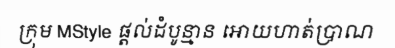
ក្រុម MStyle ផ្តល់ដំបូន្មាន អោយហាត់ប្រាណ